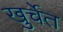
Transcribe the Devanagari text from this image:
खुर्चेत